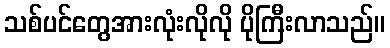
သစ်ပင်တွေအားလုံးလိုလို ပိုကြီးလာသည်။